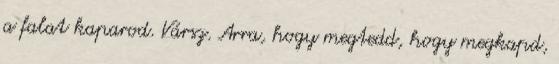
a falat kaparod. Vársz. Arra, hogy megtedd, hogy megkapd,